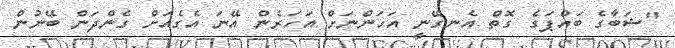
"ޝަބާގެ ބައްޕަގެ ގޮތް އެނގޭނީ އަހަންނަށް އަހަރެން އޭނަ އެގެއަށް ގެންދަން ބޭނުން